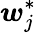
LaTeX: \boldsymbol{w}_{j}^{*}